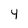
Character: 4